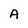
Character: A